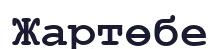
Жартөбе